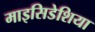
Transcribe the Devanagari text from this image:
माइसिडेशिया